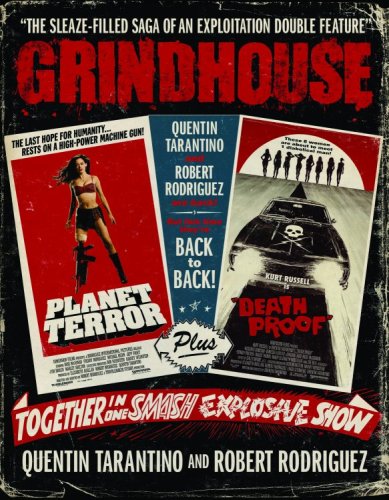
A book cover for Grindhouse: The Sleaze-filled Saga of an Exploitation Double Feature; Quentin Tarantino; Humor & Entertainment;